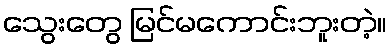
သွေးတွေ မြင်မကောင်းဘူးတဲ့။